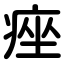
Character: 痤